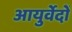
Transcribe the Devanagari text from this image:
आयुर्वेदों